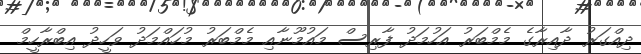
ދިއްގަރު ދާއިރާގެ މެމްބަރު އަހުމަދު ފާރިސް މައުމޫނާއި މެމްބަރު މުހައްމަދު ވަހީދު އިބްރާހީމް